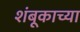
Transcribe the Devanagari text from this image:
शंबूकाच्या